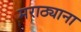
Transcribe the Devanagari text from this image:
मराठ्याना